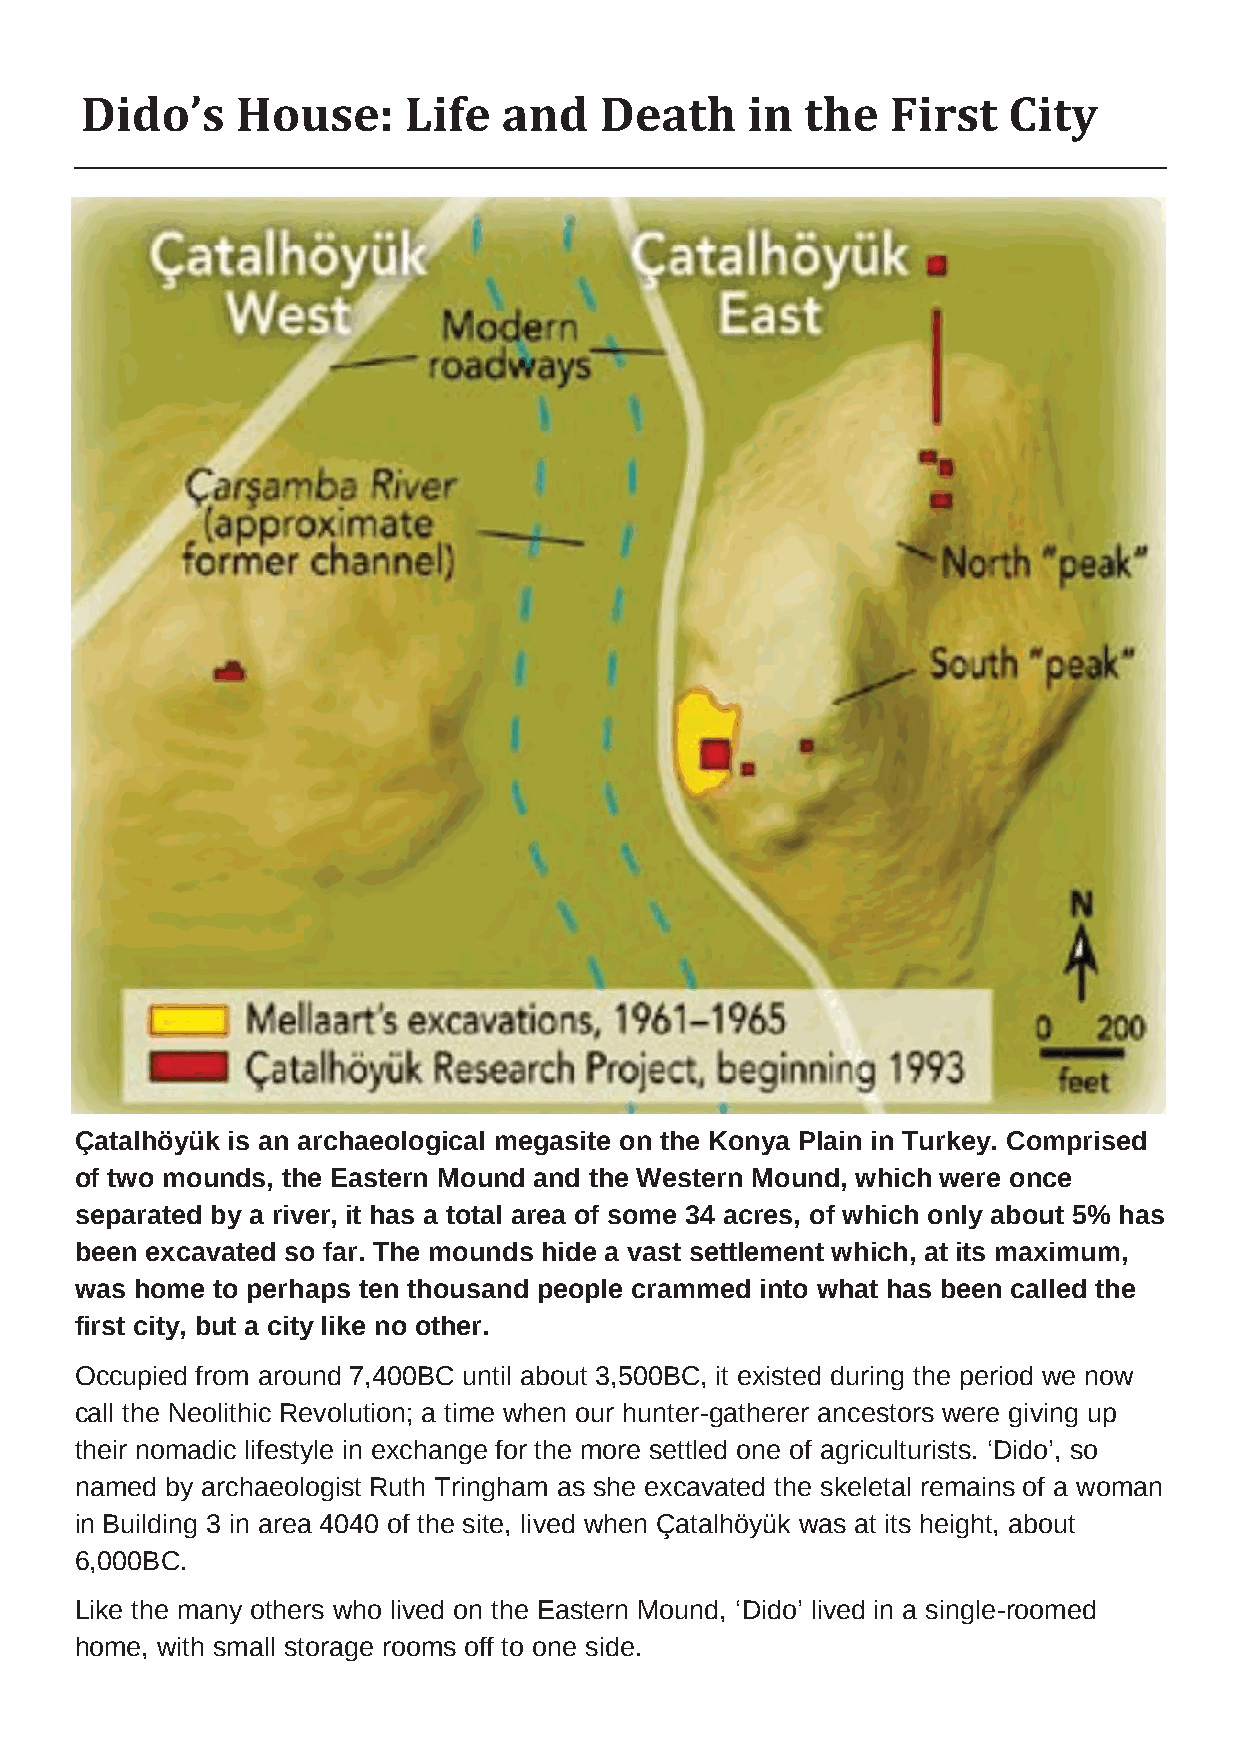
Dido’s     House:     Life  and    Death    in  the   First   City
 Çatalhöyük is an archaeological megasite on the Konya Plain in Turkey. Comprised
 of two mounds, the Eastern Mound and the Western Mound, which were once
 separated by a river, it has a total area of some 34 acres, of which only about 5% has
 been excavated so far. The mounds hide a vast settlement which, at its maximum,
 was home to perhaps ten thousand people crammed into what has been called the
 first city, but a city like no other.
 Occupied from around 7,400BC until about 3,500BC, it existed during the period we now
 call the Neolithic Revolution; a time when our hunter-gatherer ancestors were giving up
 their nomadic lifestyle in exchange for the more settled one of agriculturists. ‘Dido’, so
 named by archaeologist Ruth Tringham as she excavated the skeletal remains of a woman
 in Building 3 in area 4040 of the site, lived when Çatalhöyük was at its height, about
 6,000BC.
 Like the many others who lived on the Eastern Mound, ‘Dido’ lived in a single-roomed
 home, with small storage rooms off to one side.